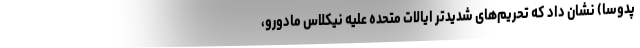
پدوسا) نشان داد که تحریم‌های شدیدتر ایالات متحده علیه نیکلاس مادورو،